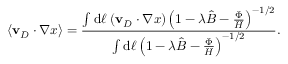
\langle \mathbf { v } _ { D } \cdot \nabla x \rangle = \frac { \int \mathrm { d } \ell \; ( \mathbf { v } _ { D } \cdot \nabla x ) \left( 1 - \lambda \hat { B } - \frac { \Phi } { H } \right) ^ { - 1 / 2 } } { \int \mathrm { d } \ell \left( 1 - \lambda \hat { B } - \frac { \Phi } { H } \right) ^ { - 1 / 2 } } .